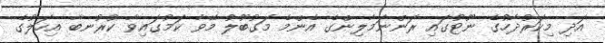
އަދި މިކަރުދާހުގެ ނޫޓުގައި ރަންނަމާލިންގެ އެންމެ މަގުބޫލު މޭވާ ކަމުގައިވާ ކުރުނބާ އިހަލުގެ